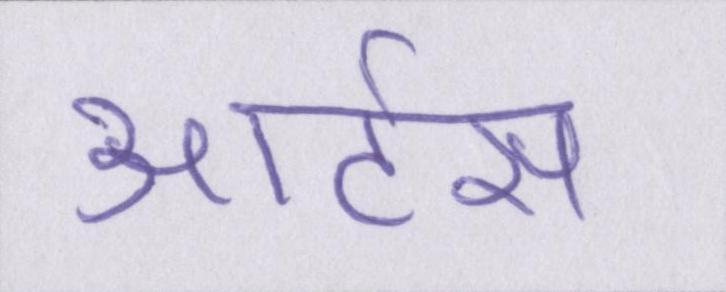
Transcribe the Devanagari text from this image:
आर्टस